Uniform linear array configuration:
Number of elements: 12
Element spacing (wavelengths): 0.5
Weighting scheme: exponential
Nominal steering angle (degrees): -45
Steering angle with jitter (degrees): -46.396
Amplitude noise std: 0.05
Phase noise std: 0.05

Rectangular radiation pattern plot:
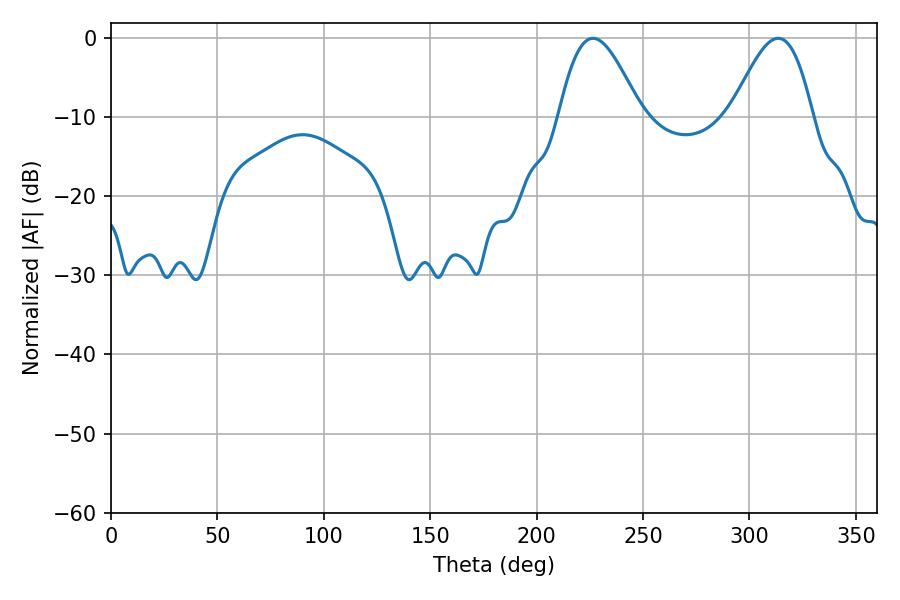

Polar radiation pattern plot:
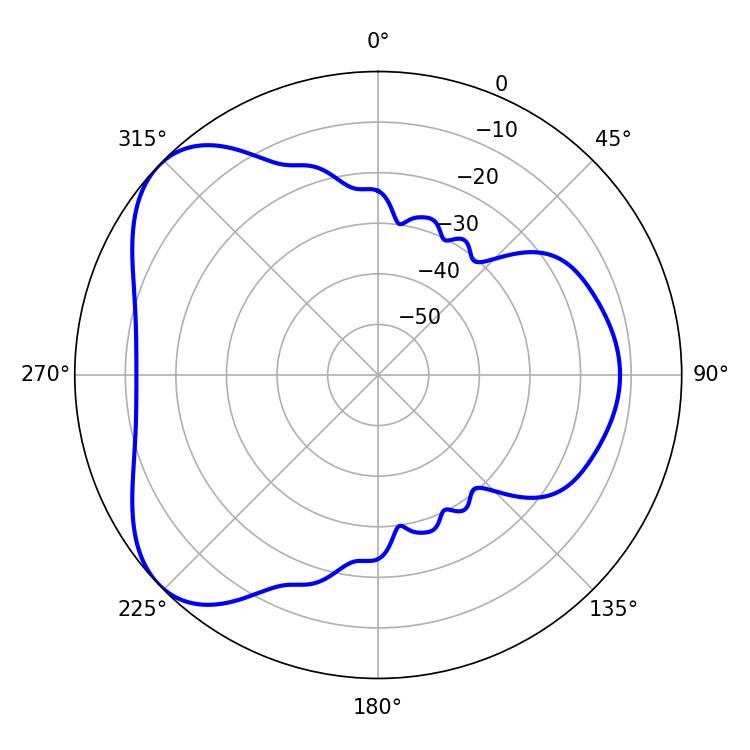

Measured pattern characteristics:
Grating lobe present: FALSE
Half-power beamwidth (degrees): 20.52
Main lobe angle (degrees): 226.44